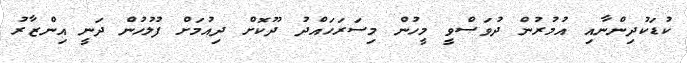
ކުޑަކުދިންނާއި އުމުރުން ދުވަސްވީ މީހުން މިސަރަހައްދު ދޫކޮށް ދިއުމަށް ފުލުހުން ދަނީ އިންޒާރު